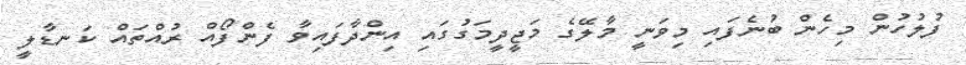
ފުލުހުން މިހެން ބުނެފައި މިވަނީ މާލޭގެ މަޖީދީމަގުގައި އިންދާފައިވާ ފެންފޯއް ރުއްތައް ކަނޑާލީ